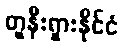
တူနီးရှားနိုင်ငံ